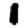
Digit: 1